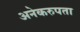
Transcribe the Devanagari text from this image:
अनेकरुपता